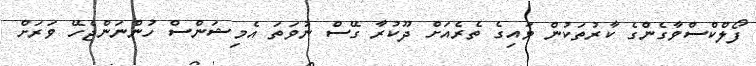
ފޯލްކްސްވާގެންގެ ކާރުތަކުން ވައިގެ ތެރެއަށް ދޫކުރާ ގޭސް ނުވަތަ އެމިޝަންސް ހުންނަންޖެހޭ ވަރަށް